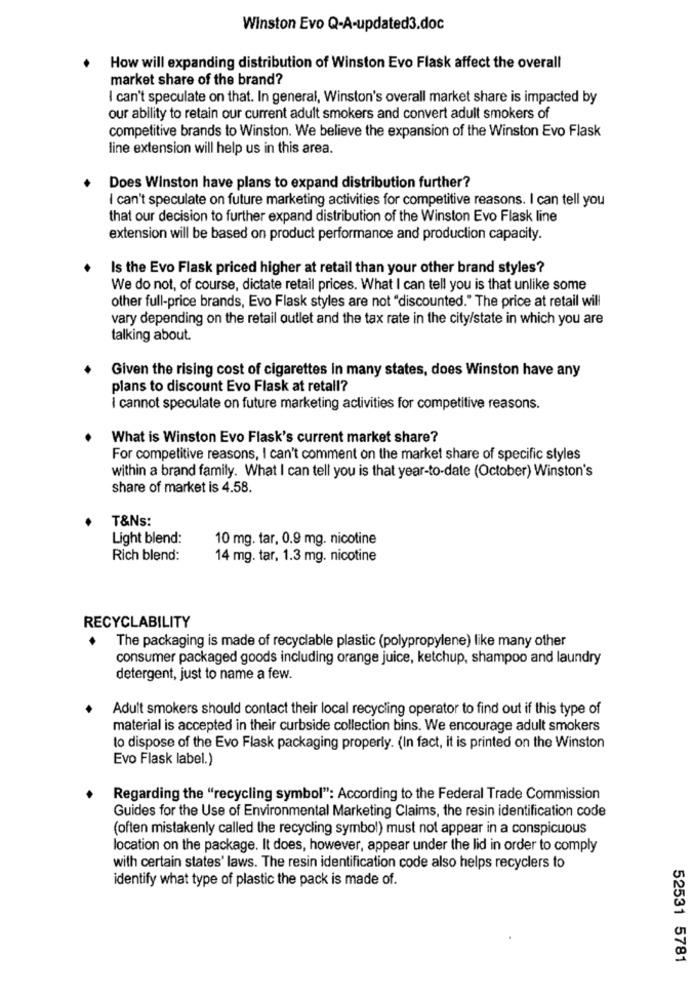
Winston Evo Q-A-updated3.doc
How will expanding distribution of Winston Evo Flask affect the overall
market share of the brand?
I can't speculate on that. In general, Winston's overall market share is impacted by
our ability to retain our current adult smokers and convert adult smokers of
competitive brands to Winston. We believe the expansion of the Winston Evo Flask
line extension will help us in this area.
Does Winston have plans to expand distribution further?
I can't speculate on future marketing activities for competitive reasons. I can tell you
that our decision to further expand distribution of the Winston Evo Flask line
extension will be based on product performance and production capacity.
Is the Evo Flask priced higher at retail than your other brand styles?
We do not, of course, dictate retail prices. What I can tell you is that unlike some
other full-price brands, Evo Flask styles are not "discounted." The price at retail will
vary depending on the retail outlet and the tax rate in the city/state in which you are
talking about.
Given the rising cost of cigarettes in many states, does Winston have any
plans to discount Evo Flask at retall?
I cannot speculate on future marketing activities for competitive reasons.
What is Winston Evo Flask's current market share?
For competitive reasons, I can't comment on the market share of specific styles
within a brand family. What I can tell you is that year-to-date (October) Winston's
share of market is 4.58.
T&Ns:
Light blend:
10 mg. tar, 0.9 mg. nicotine
Rich blend:
14 mg. tar, 1.3 mg. nicotine
RECYCLABILITY
The packaging is made of recyclable plastic (polypropylene) like many other
consumer packaged goods including orange juice, ketchup, shampoo and laundry
detergent, just to name a few.
Adult smokers should contact their local recycling operator to find out if this type of
material is accepted in their curbside collection bins. We encourage adult smokers
to dispose of the Evo Flask packaging properly. (In fact, it is printed on the Winston
Evo Flask label.)
Regarding the "recycling symbol": According to the Federal Trade Commission
Guides for the Use of Environmental Marketing Claims, the resin identification code
(often mistakenly called the recycling symbol) must not appear in a conspicuous
location on the package. It does, however, appear under the lid in order to comply
with certain states' laws. The resin identification code also helps recyclers to
identify what type of plastic the pack is made of.
52531 5781